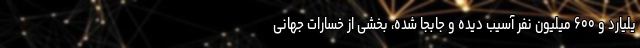
یلیارد و ۶۰۰ میلیون نفر آسیب دیده و جابجا شده، بخشی از خسارات جهانی